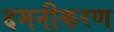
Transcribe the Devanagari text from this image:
दमनीकरण